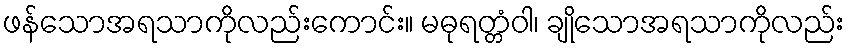
ဖန်သောအရသာကိုလည်းကောင်း။ မဓုရတ္တံဝါ၊ ချိုသောအရသာကိုလည်း